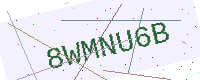
Text: 8WMNU6B